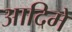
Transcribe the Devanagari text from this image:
आदिमें